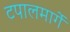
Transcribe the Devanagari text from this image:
टपालमार्गे